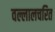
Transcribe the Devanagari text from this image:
वल्लालचरित